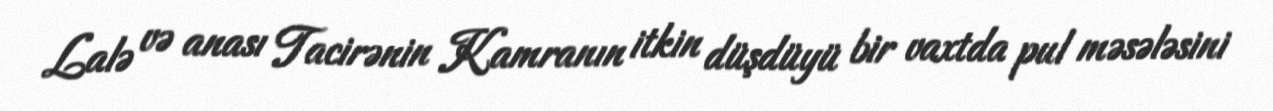
Lalə və anası Tacirənin Kamranın itkin düşdüyü bir vaxtda pul məsələsini